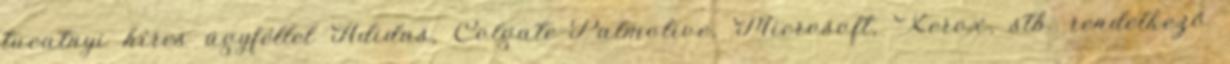
tucatnyi híres ügyféllel Adidas, Colgate-Palmolive, Microsoft, Xerox, stb. rendelkező